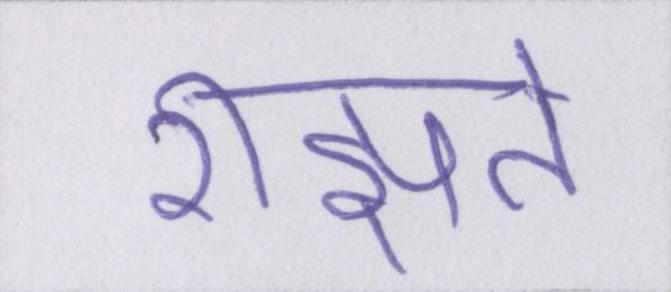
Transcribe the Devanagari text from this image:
रीझते